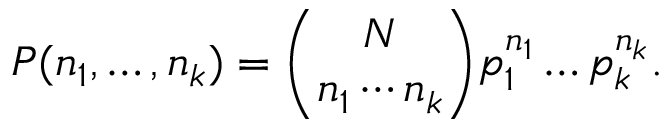
P ( n _ { 1 } , \dots , n _ { k } ) = { \binom { N } { n _ { 1 } \cdots n _ { k } } } p _ { 1 } ^ { n _ { 1 } } \dots p _ { k } ^ { n _ { k } } .